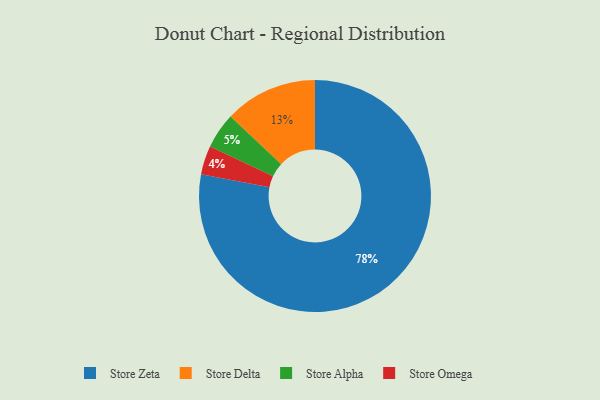
{"axis": {"x": "Category", "y": "Percentage"}, "legend": ["Store Alpha", "Store Delta", "Store Omega", "Store Zeta"], "data": [{"x": "Store Alpha", "y": 5, "type": "Store Alpha"}, {"x": "Store Delta", "y": 13, "type": "Store Delta"}, {"x": "Store Omega", "y": 4, "type": "Store Omega"}, {"x": "Store Zeta", "y": 78, "type": "Store Zeta"}]}